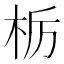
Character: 栃